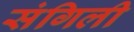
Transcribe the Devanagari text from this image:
संगिली